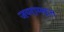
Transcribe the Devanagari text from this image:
जयरामकृत